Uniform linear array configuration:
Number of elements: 24
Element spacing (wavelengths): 0.25
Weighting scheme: blackman
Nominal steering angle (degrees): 15
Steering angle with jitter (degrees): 15.516
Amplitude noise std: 0.05
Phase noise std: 0.05

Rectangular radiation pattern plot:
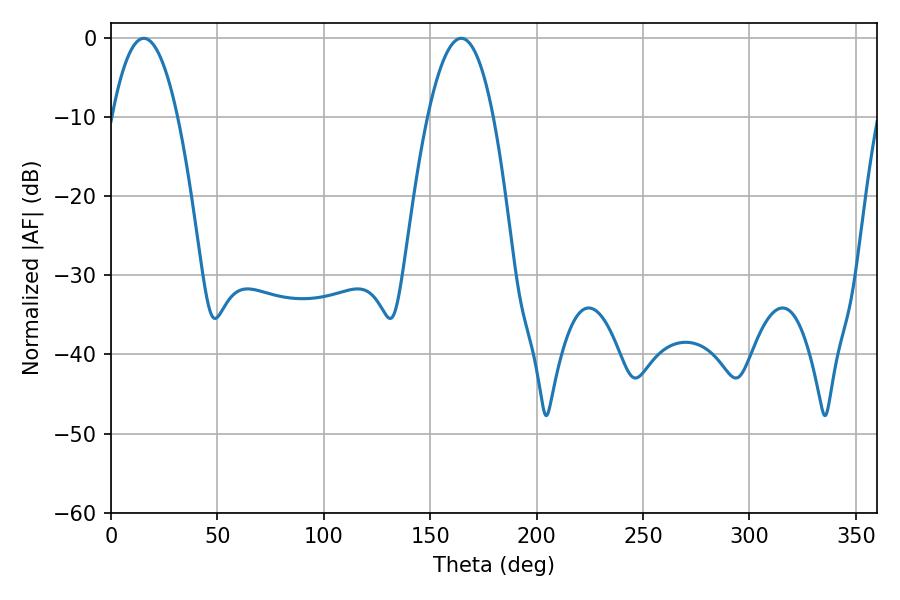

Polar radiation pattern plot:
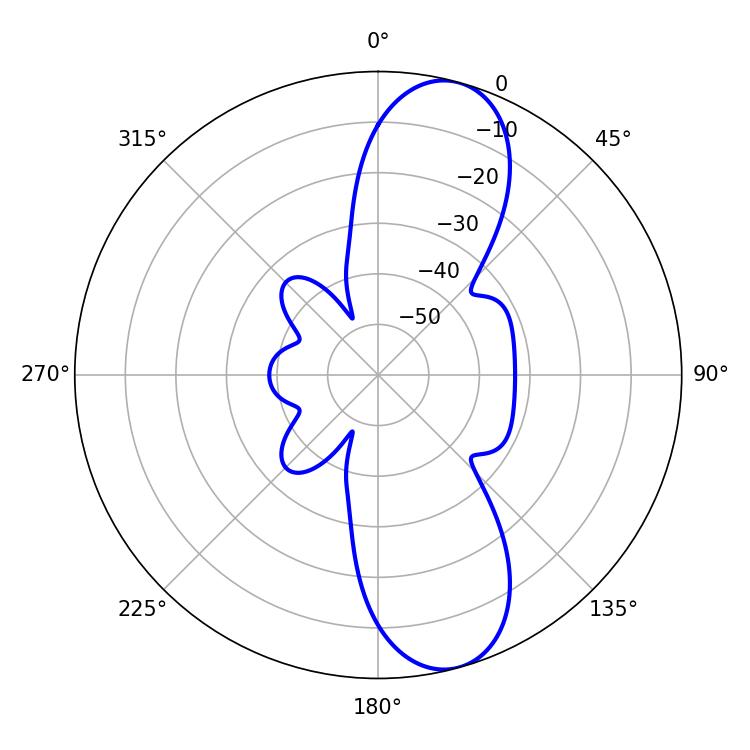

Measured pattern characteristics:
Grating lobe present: FALSE
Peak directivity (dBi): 10.683
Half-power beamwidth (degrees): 17.1
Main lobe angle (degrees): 15.48